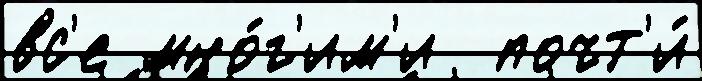
вс'е мно́г'им'и  почт'и́